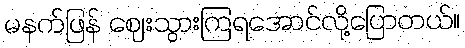
မနက်ဖြန် ဈေးသွားကြရအောင်လို့ပြောတယ်။